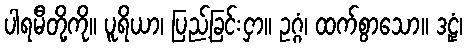
ပါရမီတို့ကို။ ပူရိယာ၊ ပြည့်ခြင်းငှာ။ ဥဂ္ဂံ၊ ထက်စွာသော။ ဒဠှံ၊